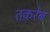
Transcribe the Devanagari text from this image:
तक़रेब